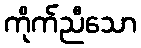
ကိုက်ညီသော